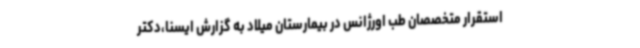
استقرار متخصصان طب اورژانس در بیمارستان میلاد به گزارش ایسنا،دکتر